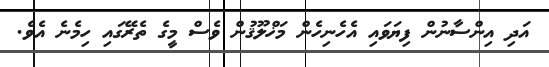
އަދި އިންސާނުން ފިޔަވައި އެހެނިހެން މަޚްލޫޤުން ވެސް މީގެ ތެރޭގައި ހިމެނެ އެވެ.